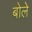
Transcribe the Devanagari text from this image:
बोलेे